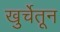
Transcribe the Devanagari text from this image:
खुर्चेतून